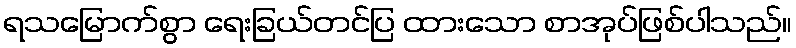
ရသမြောက်စွာ ရေးခြယ်တင်ပြ ထားသော စာအုပ်ဖြစ်ပါသည်။